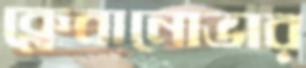
ক্লেবানোভার